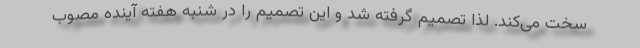
سخت می‌کند. لذا تصمیم گرفته شد و این تصمیم را در شنبه هفته آینده مصوب